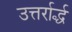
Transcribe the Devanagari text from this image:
उत्तर्रार्द्ध